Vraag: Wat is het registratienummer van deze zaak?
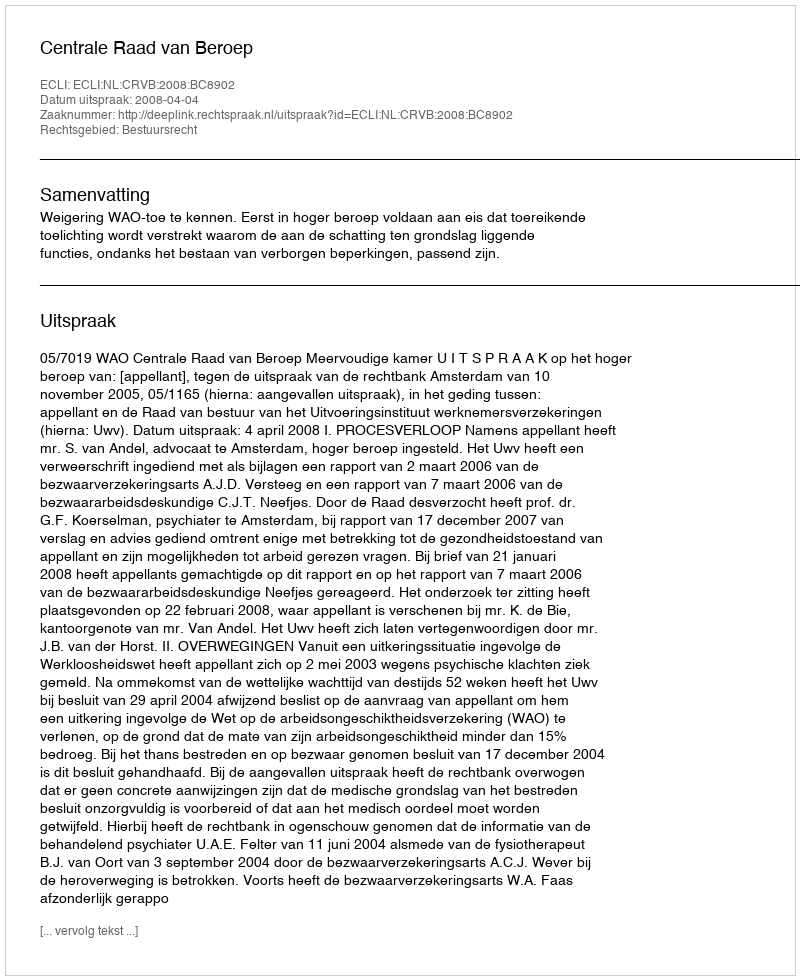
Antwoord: http://deeplink.rechtspraak.nl/uitspraak?id=ECLI:NL:CRVB:2008:BC8902